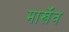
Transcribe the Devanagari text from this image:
मार्खेंव